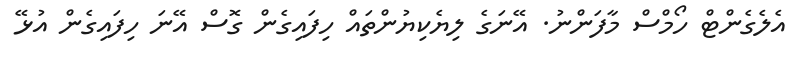
އެލެގެންޓް ހޯމްސް މާފަންނު. އޭނަގެ ލިޔެކިޔުންތައް ހިފައިގެން ގޮސް އޭނަ ހިފައިގެން އުޅޭ